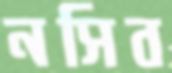
নসিব